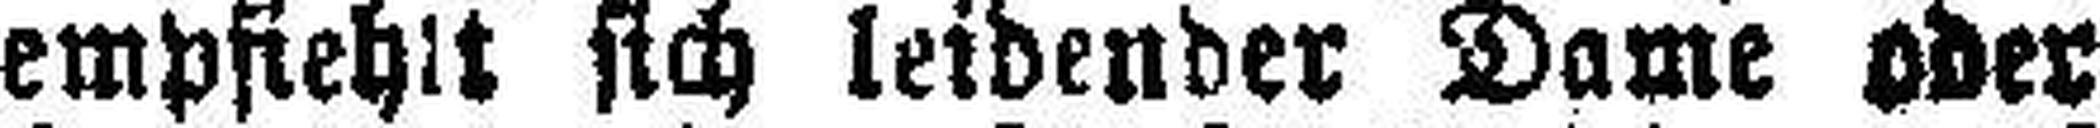
empfiehlt sich leidender Dame oder